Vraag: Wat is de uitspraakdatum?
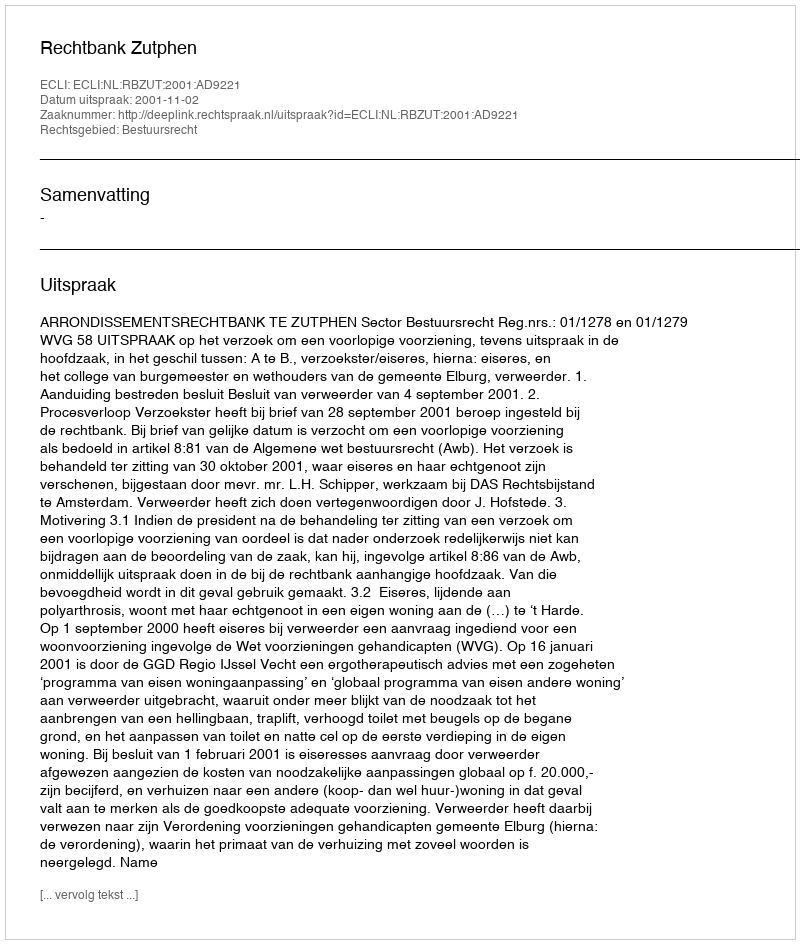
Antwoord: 2001-11-02